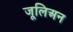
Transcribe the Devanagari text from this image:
जूलिअन